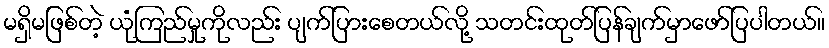
မရှိမဖြစ်တဲ့ ယုံကြည်မှုကိုလည်း ပျက်ပြားစေတယ်လို့ သတင်းထုတ်ပြန်ချက်မှာဖော်ပြပါတယ်။